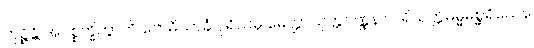
ဘုဉ္ဇိန္တိ အပစ္စက္ခိတွာတိ ဗောဓိသာခံ ပုရိသမှိ မေတ္တာသုတ္တဝဏ္ဏနာ ပရိယတ္တိဓမ္မမစ္ဆရိယေန